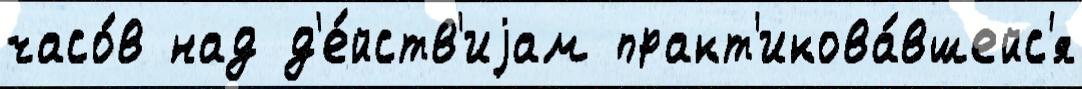
часо́в над д'е́йств'иjам практ'икова́вшейс'я